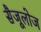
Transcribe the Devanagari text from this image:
सैजूलोज